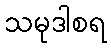
သမုဒါစရ